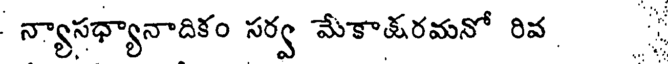
న్యాసధ్యానాదికం సర్వ మేకాషరమనో రివ